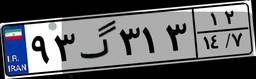
۶۶گ۴۷۷۳۸